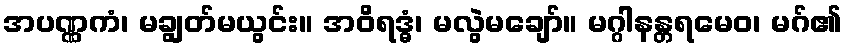
အပဏ္ဏကံ၊ မချွတ်မယွင်း။ အဝိရဒ္ဓံ၊ မလွဲမချော်။ မဂ္ဂါနန္တရမေဝ၊ မဂ်၏